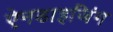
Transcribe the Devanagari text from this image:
ऐनडाइजिंग